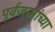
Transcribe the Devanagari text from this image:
पूर्वजन्मांच्या